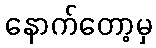
နောက်တော့မှ